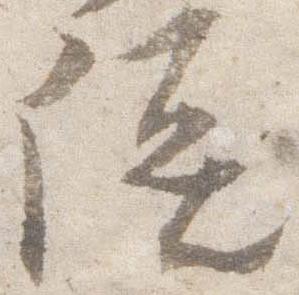
談